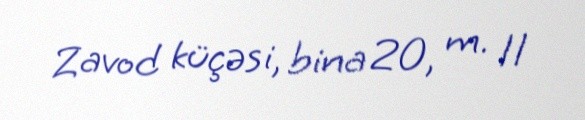
Zavod küçəsi, bina 20, m. 11